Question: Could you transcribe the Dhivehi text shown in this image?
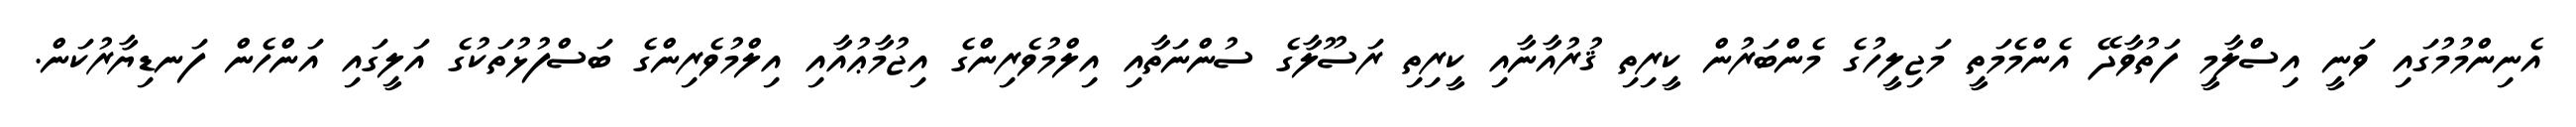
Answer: އެނިންމުމުގައި ވަނީ އިސްލާމީ ފަތުވާދޭ އެންމެމަތީ މަޖިލީހުގެ މެންބަރުން ކީރިތި ޤުރުއާނާއި ކީރިތި ރަސޫލާގެ ސުންނަތާއި އިލްމުވެރިންގެ އިޖުމާޢުއާއި އިލްމުވެރިންގެ ބަސްފުޅުތަކުގެ އަލީގައި އަންހެން ފަނޑިޔާރުކަން.